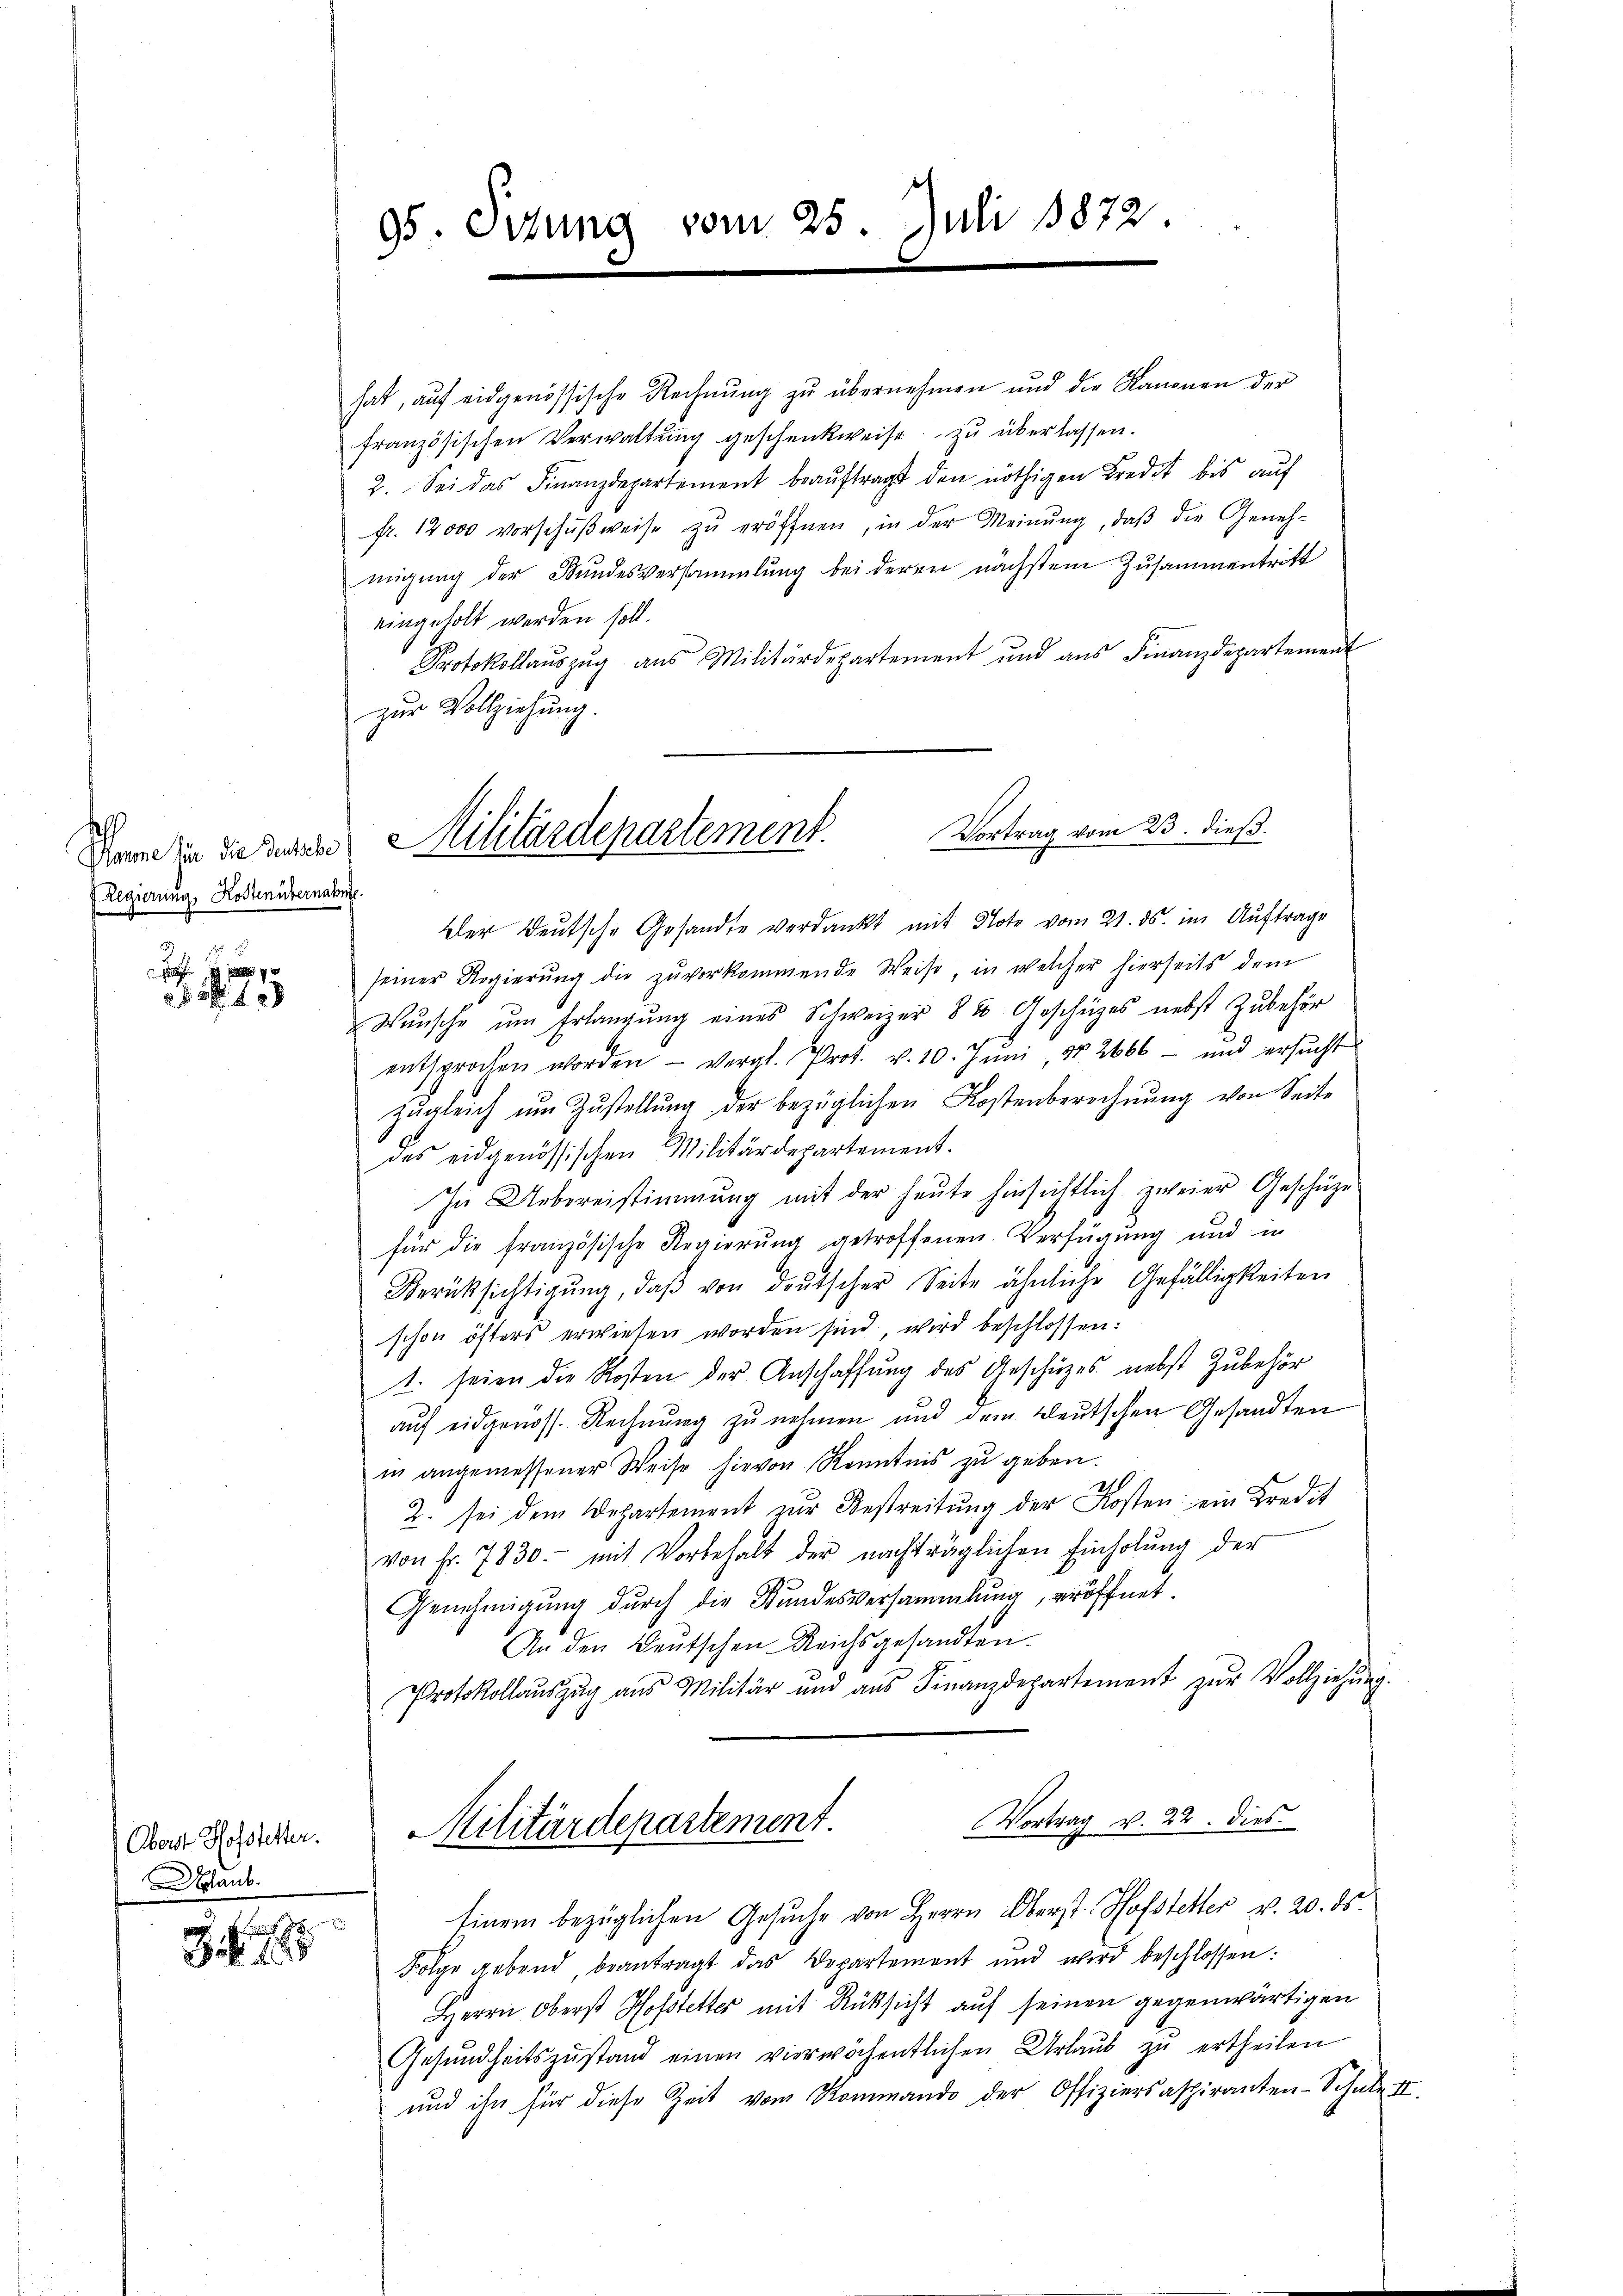
h
Regierung, Kostenübernahme.

g
12

hat, aŭf eidgenössische Rechnŭng zŭ übernehmen und die Kanonen der
französischen Verwaltŭng geschenkweise zu überlassen.
2. Sei das Finanzdepartement beaŭftragt den nöthigen Bredit bis aŭf
fr. 12000 vorschŭβweise zŭ eröffnen, in der Meinŭng, daβ die Geneh-
migung der Bundesversammlung bei deren nächstem Zusammentritt
eingeholt werden soll.
Protokollauszug aus Militärdepartement und aŭs Finanzdepartement
zur Vollziehung.
Der Deutsche Gesandte verdankt mit Note vom 21. ds. im Auftrage
seiner Regierung die zuvorkommende Weise, in welcher hierseits dem
Wünsche ŭm Erlangŭng eines Schweizer 88 Geschüzes nebst Zubehör
entsprochen worden - vergl. Prot. v. 10. Jŭni 182666 - und ersŭcht
zŭgleich ŭm Zŭstellŭng der bezüglichen Kostenberechnŭng von Seite
des eidgenössischen Militärdepartement.
In Uebereistimmung mit der heute hinsichtlich zweier Geschäze
für die französische Regierŭng getroffenen Verfügung und in
Berüksichtigŭng, daβ von deutscher Seite ähnliche Gefälligkeiten
schon öfters erwiesen worden sind, wird beschlossen:
1. seien die Kosten der Anschaffung des Geschüzes nebst Zubehör
auf eidgenöss. Rechnung zu nehmen und dem Bleutschen Gesandten
in angemessener Weise hievon Kenntnis zu geben.
2. sei dem Departement zŭr Bestreitŭng der Kosten ein Kredit
von Fr. 7830. mit Vorbehalt der nachträglichen Einholŭng der
Genehmigung durch die Stundesversammlung, eröffnet.
An den Deutschen Reichsgesandten.
Protokollaŭszŭg aŭs Militär und aŭs Finanzdepartement zŭr Vollziehŭng.
Das Becker. Militärdepartement. Vortrag v. 22. dies
Einem bezüglichen Gesŭche von Herrn Oberst. Hofstetter v. 20. ds.
Folge gebend, beantragt das Departement und wird beschlossen:
Herrn Oberst Hofstetter mit Rücksicht auf seinen gegenwärtigen
Gesundheitszustand einen vierwöchentlichen Urlaub zu ertheilen
und ihn für diese Zeit vom Kommando der Offiziersaspiranten-Schule II

Daub.
c

35745

95. Sitzung

vom 25. Juli 1872.

Vortrag vom 23. dieß.
Dann in diesene Militärdepartement